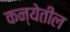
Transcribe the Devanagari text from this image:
कन्येतील